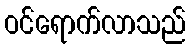
ဝင်ရောက်လာသည်